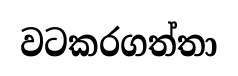
වටකරගත්තා